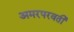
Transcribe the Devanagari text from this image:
अमरपरवर्ती